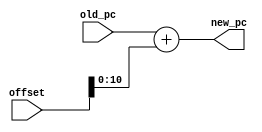
`timescale 1ns / 1ps
//////////////////////////////////////////////////////////////////////////////////
// Company: 
// Engineer: 
// 
// Design Name: 
// Module Name:    adder 
// Project Name: 
// Target Devices: 
// Tool versions: 
// Description: 
//
// Dependencies: 
//
// Revision: 
// Revision 0.01 - File Created
// Additional Comments: 
//
//////////////////////////////////////////////////////////////////////////////////
module adder(
    input [10:0] old_pc,
    input [31:0] offset,
    output [10:0] new_pc
    );
	
	reg [31:0] aux = 0;
	
	always @*
	begin
		aux = old_pc + offset;
	end

	assign new_pc = aux[10:0];
endmodule